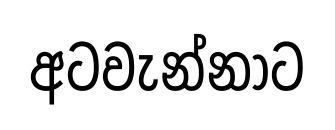
අටවැන්නාට